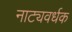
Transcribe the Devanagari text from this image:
नाट्यवर्धक